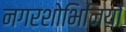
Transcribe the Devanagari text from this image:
नगरशोभिनियों